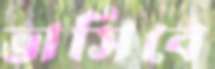
ভাসিবে